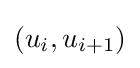
(u_{i},u_{i+1})